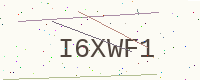
Text: I6XWF1